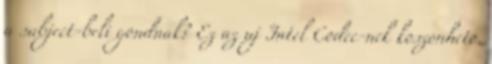
a subject-beli gondnak? Ez az uj Intel Codec-nek koszonheto.